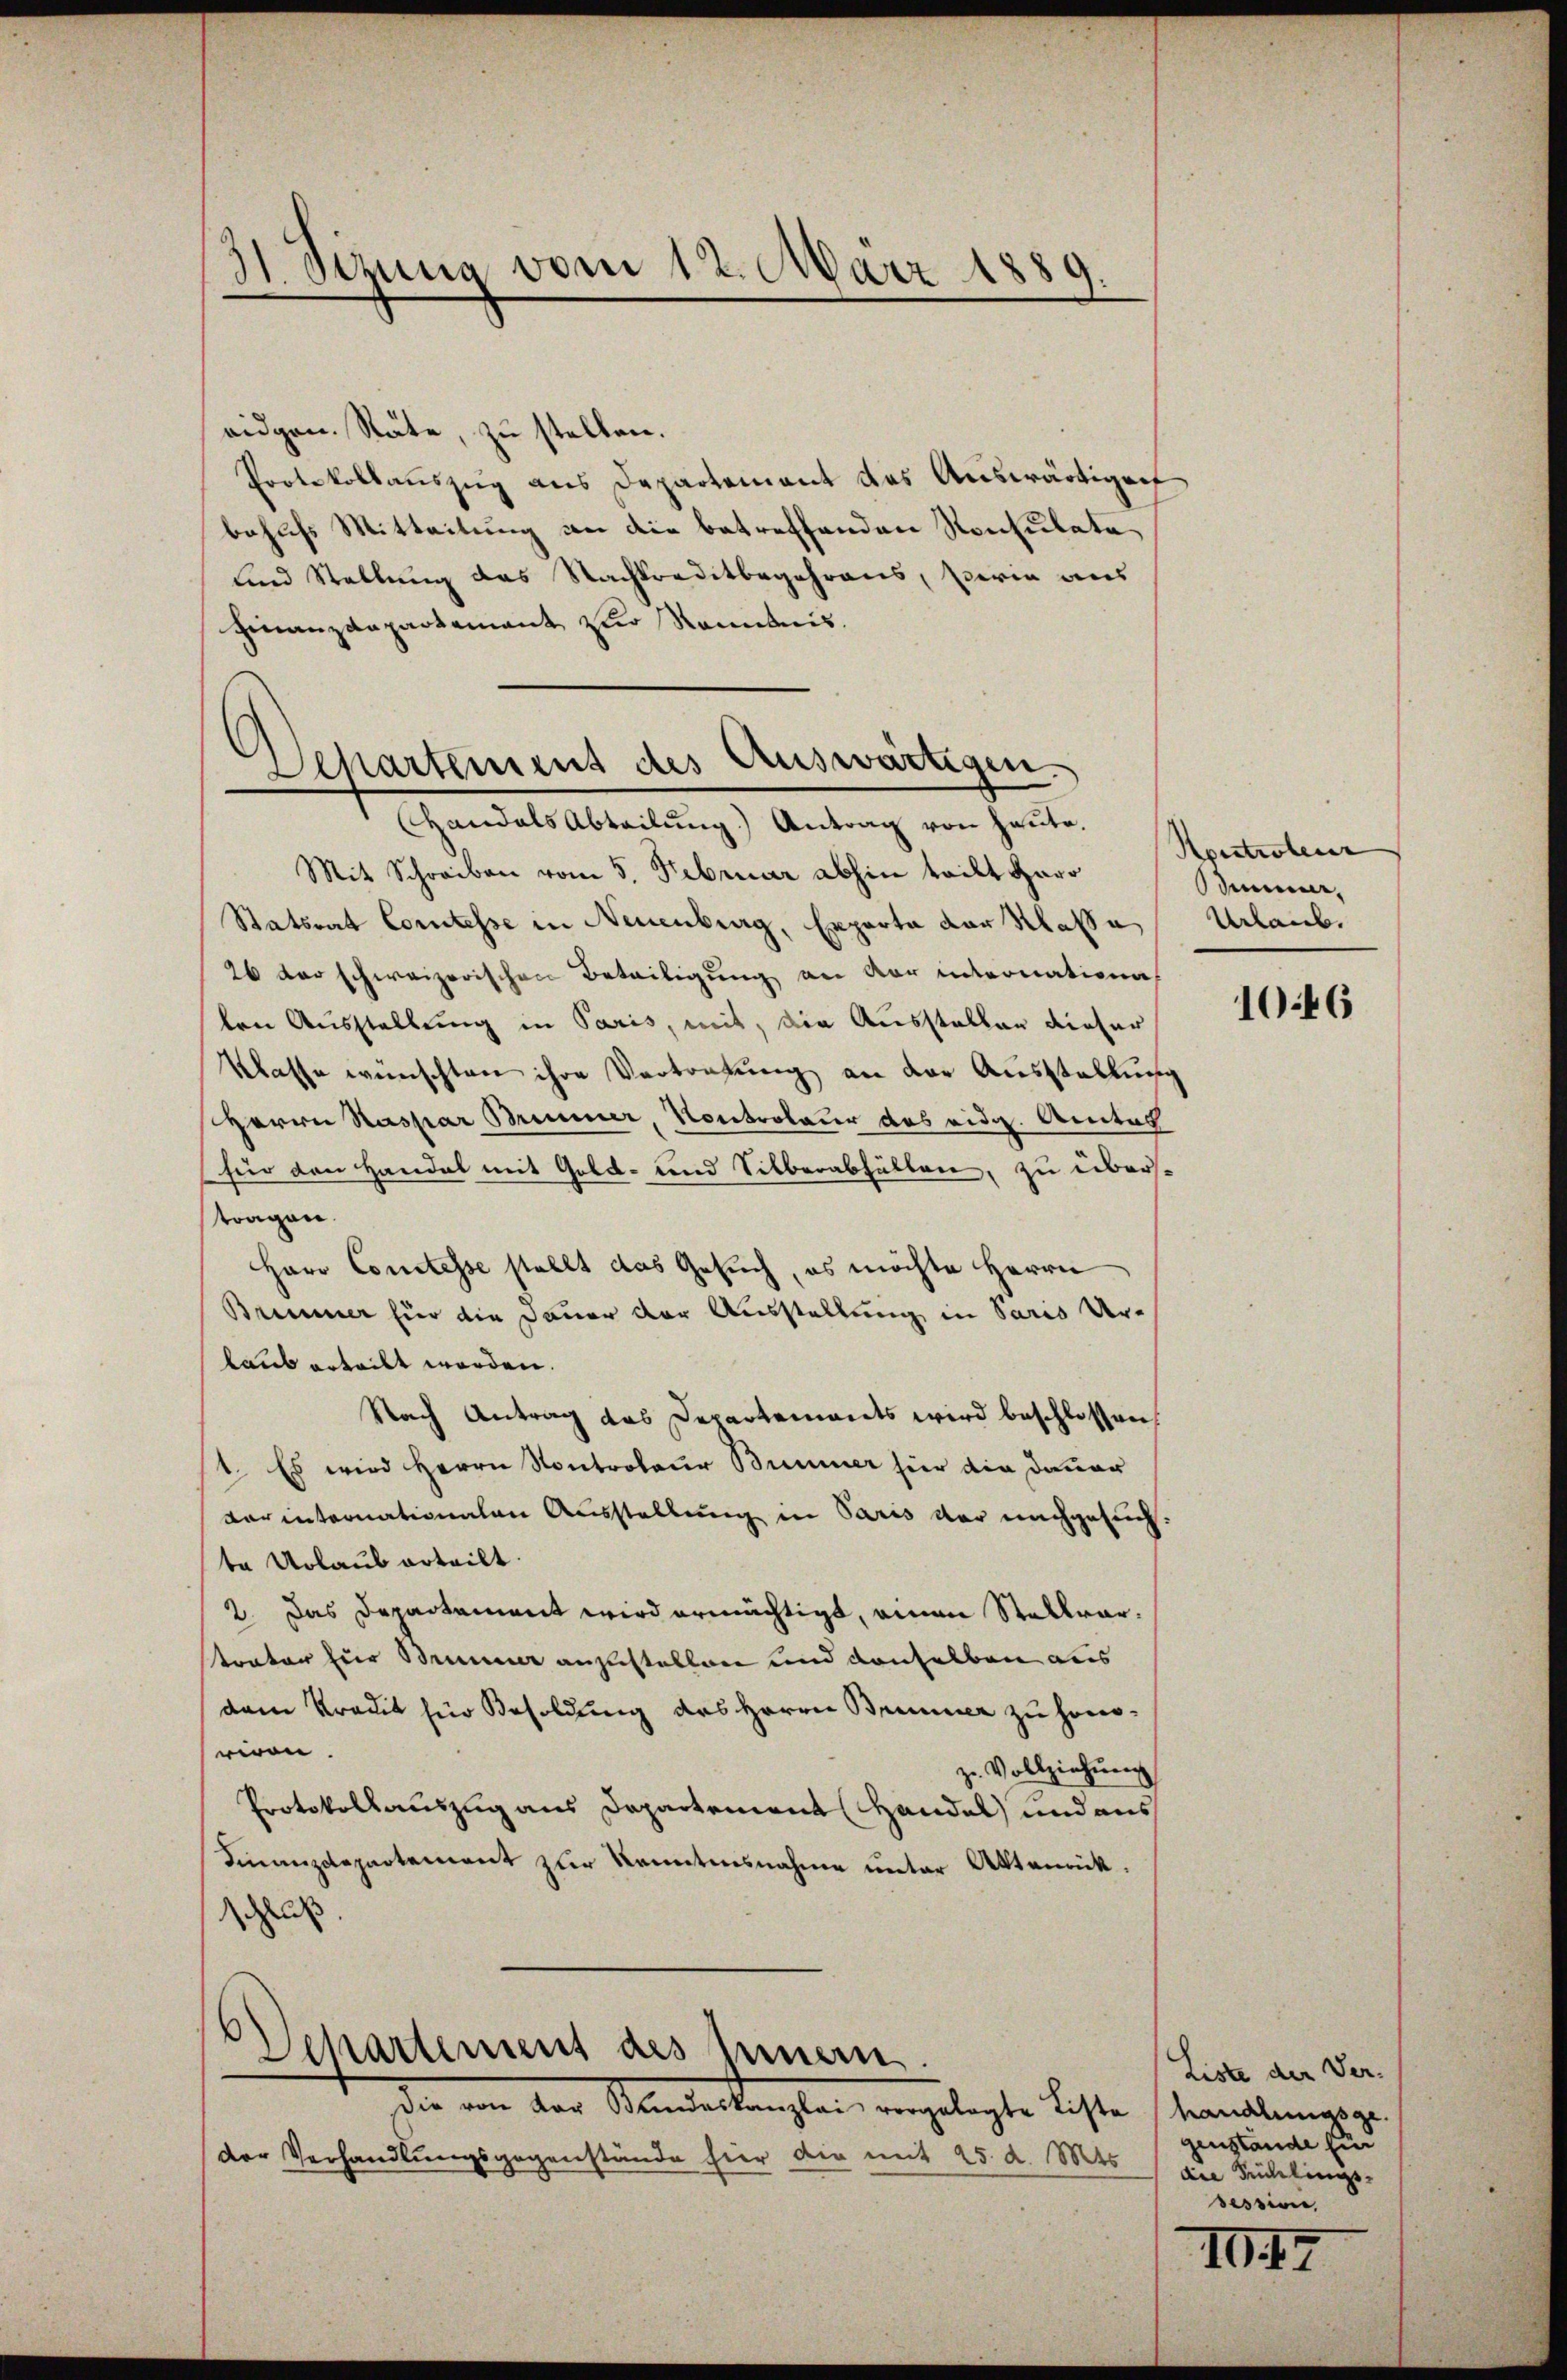
31. Dezung vom 12. März 1889.

eidgen. Räte, zu stellen.
Protokollauszug aus Departement das Auswärtigen
behufs Mitteilung an die betreffenden Konsulate
und Stellung des Nachtreditbegehrens, perin aus
Finanzdepartement zur Romanis.

Handals Abteilung.) Antrag von heute.
Mit Schreiben vom 5. Februar abhin teilt Herr Kontrolenz
Statsrat Comtesse in Neuenburg, Exporta der Klasse
26 der schweizerischen Beteiligung an der internation
ten Ausstellung in Paris, mit, die Ausstellen dieser
Klasse wünschten ihre Vertretung an der Ausstellung
Herrn Kaspar Brenner, Kontroleur des eidg. Amtes
für den Handel mit Gold- und Silberabhalten, zu überstragen.
Herr Constesse stellt das Gesuch, es möchte Herrn
Brimmer für die Dauer der Ausstellung in Paris Urlaub erteilt werden.
Nach Antrag das Departements wird beschlossen
1. Es wird Herrn Kontroleur Bummer hier die Dauer
derinternationalen Ausstellung in Paris vor nachgesuchte Urlaub erteilt.
2. Das Departement wird ermächtigt, einen Stallwartrator für Brunner anzustellen und denselben aus
dem Kredit für Besoldung des Herrn Brunner zu honoriren.
zu Vollziehung
Protokollauszug aus Departement Handel und aus
Finanzdepartement zur Kenntnisnahme unter Aktenrück.
schluß

Departement des Auswärtigen.

Departement des Innern.

Die von der Mandeskanzler vorgelegte Liste, verandlungsge
der Verhandlungsgegenstände hier die mit 25. d. Mts.

dir.
Urlaub.

1046

Liste der Ver-
genstände für
die Teichlings-
session,

10. 17